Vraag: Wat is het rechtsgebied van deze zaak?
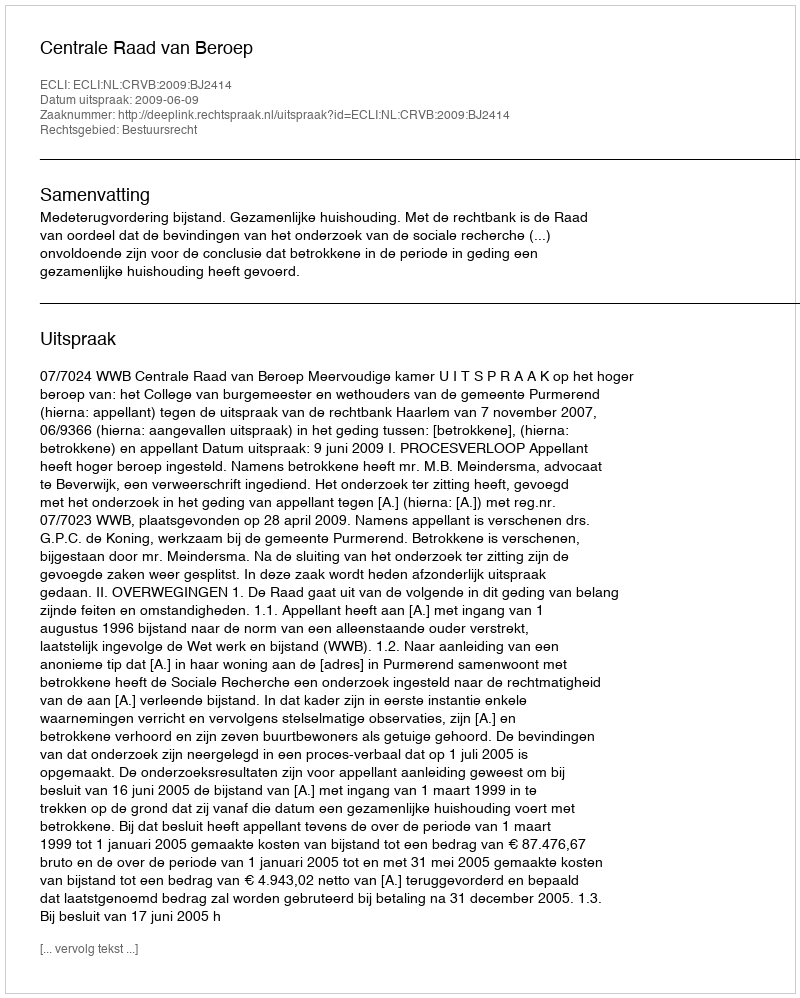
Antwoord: Bestuursrecht